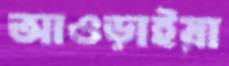
আওড়াইয়া